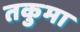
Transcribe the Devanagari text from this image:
तकुमा